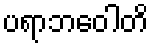
ပရာဘဝေါတိ